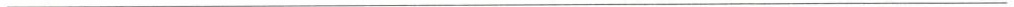
___